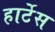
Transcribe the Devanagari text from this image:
हार्टेस